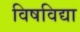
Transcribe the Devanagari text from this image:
विषविद्या